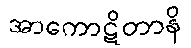
အာကောဋိတာနိ